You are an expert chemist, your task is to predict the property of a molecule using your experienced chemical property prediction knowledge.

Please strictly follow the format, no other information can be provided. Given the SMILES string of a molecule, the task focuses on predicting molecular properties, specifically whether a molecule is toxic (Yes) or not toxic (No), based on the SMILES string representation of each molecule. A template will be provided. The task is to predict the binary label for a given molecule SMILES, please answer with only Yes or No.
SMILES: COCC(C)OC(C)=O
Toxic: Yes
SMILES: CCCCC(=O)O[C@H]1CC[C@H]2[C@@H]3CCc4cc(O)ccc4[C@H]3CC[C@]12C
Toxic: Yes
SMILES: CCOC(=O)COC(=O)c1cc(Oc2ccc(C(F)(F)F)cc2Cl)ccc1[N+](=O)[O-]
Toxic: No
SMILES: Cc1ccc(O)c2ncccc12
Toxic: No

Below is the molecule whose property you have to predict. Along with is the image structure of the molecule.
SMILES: CCCCCCCCCCCOC(=O)c1ccccc1C(=O)OCCCCCCCCCCC
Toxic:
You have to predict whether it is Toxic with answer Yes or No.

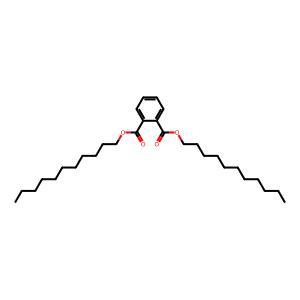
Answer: No